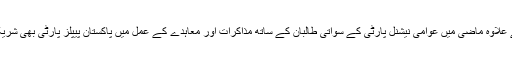
اس کے علاوہ ماضی میں عوامی نیشنل پارٹی کے سواتی طالبان کے ساتھ مذاکرات اور معاہدے کے عمل میں پاکستان پیپلز پارٹی بھی شریک تھی۔